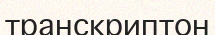
транскриптон